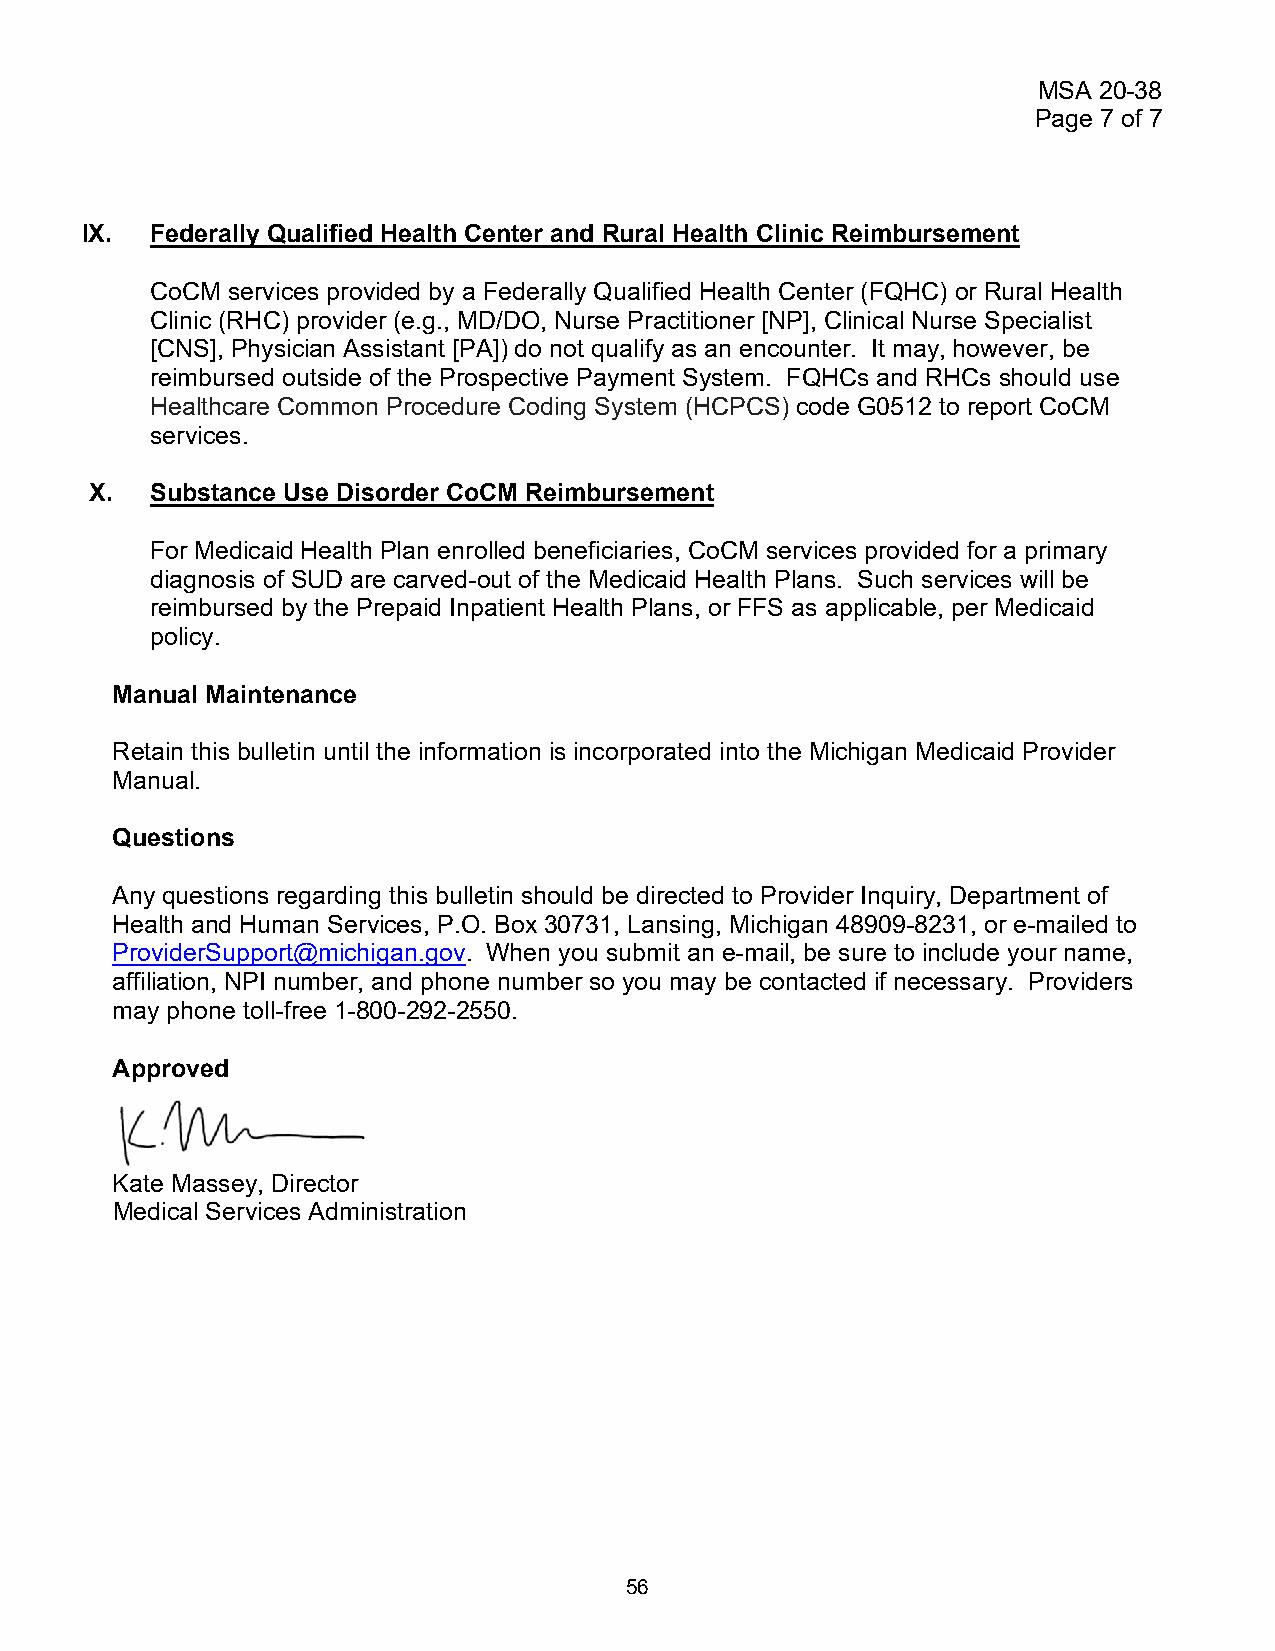
MSA 20-38
 Page 7 of 7
 IX.  Federally Qualified Health Center and Rural Health Clinic Reimbursement
 CoCM services provided by a Federally Qualified Health Center (FQHC) or Rural Health
 Clinic (RHC) provider (e.g., MD/DO, Nurse Practitioner [NP], Clinical Nurse Specialist
 [CNS], Physician Assistant [PA]) do not qualify as an encounter. It may, however, be
 reimbursed outside of the Prospective Payment System. FQHCs and RHCs should use
 Healthcare Common Procedure Coding System (HCPCS) code G0512 to report CoCM
 services.
 X.  Substance Use Disorder CoCM Reimbursement
 For Medicaid Health Plan enrolled beneficiaries, CoCM services provided for a primary
 diagnosis of SUD are carved-out of the Medicaid Health Plans. Such services will be
 reimbursed by the Prepaid Inpatient Health Plans, or FFS as applicable, per Medicaid
 policy.
 Manual Maintenance
 Retain this bulletin until the information is incorporated into the Michigan Medicaid Provider
 Manual.
 Questions
 Any questions regarding this bulletin should be directed to Provider Inquiry, Department of
 Health and Human Services, P.O. Box 30731, Lansing, Michigan 48909-8231, or e-mailed to
 ProviderSupport@michigan.gov. When you submit an e-mail, be sure to include your name,
 affiliation, NPI number, and phone number so you may be contacted if necessary. Providers
 may phone toll-free 1-800-292-2550.
 Approved
 Kate Massey, Director
 Medical Services Administration
 56